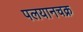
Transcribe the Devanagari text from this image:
पलयानचक्र